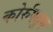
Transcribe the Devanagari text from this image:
कोर्रुपतुम